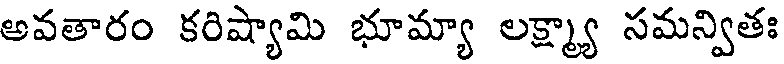
అవతారం కరిష్యామి భూమ్యా లక్ష్మ్యా సమన్వితః